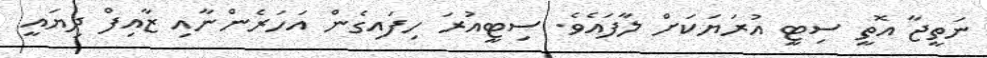
ނަތީޖާ އޮތީ ސިޓީ އުރަޔަކަށް ލާފައެވެ. ސިޓީއުރަ ހިފައިގެން އަހަރެންނާއި ޒާއިފް ދިޔައީ